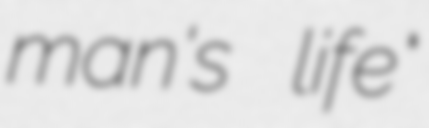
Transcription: man's life"